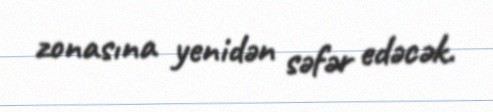
zonasına yenidən səfər edəcək.